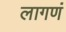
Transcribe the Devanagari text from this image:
लागणं